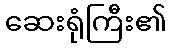
ဆေးရုံကြီး၏